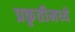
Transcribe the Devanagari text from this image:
प्रकृतीमध्येे